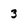
Character: 3